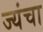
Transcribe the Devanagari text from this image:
ज्यंचा